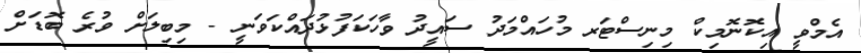
އެމްވީ އިކޮނޮމިކް މިނިސްޓަރ މުހައްމަދު ސައީދު ވާހަކަފުޅުދައްކަވަނީ - މިބިލަށް ވުރެ ބޮޑަށް